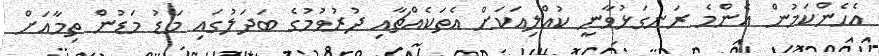
އެހެންކަމުން އެންމެ ރަނގަޅުވާނީ ކުއްލިއަކަށް އެތަކެއްޗާއި ދުރުވުމުގެ ބަދަލުގައި މަޑު މަޑުން ތިމާއަށް